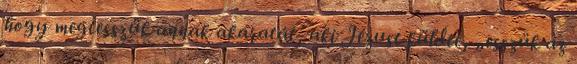
hogy megtesszük annak akaratát, aki Jézust küldte, „esszük az